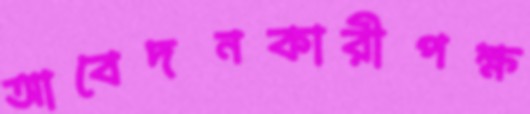
আবেদনকারীপক্ষ